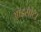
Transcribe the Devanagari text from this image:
आइसोटा